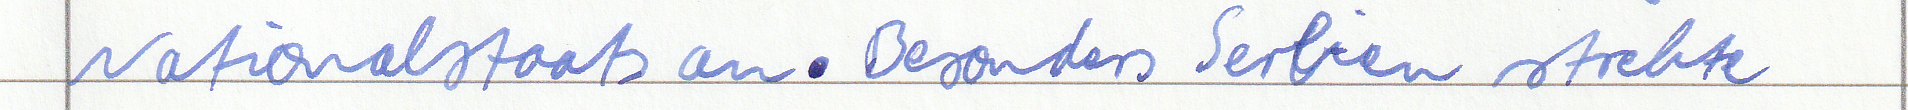
Nationalstaats an. Besonders Serbien strebte